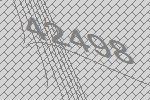
42498